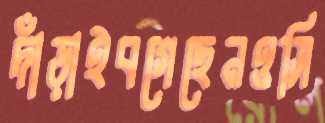
দাঁড়াইবগেছেনওসি